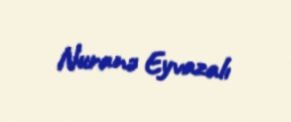
Nuranə Eyvazalı